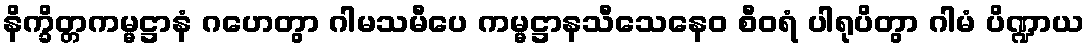
နိက္ခိတ္တကမ္မဋ္ဌာနံ ဂဟေတွာ ဂါမသမီပေ ကမ္မဋ္ဌာနသီသေနေဝ စီဝရံ ပါရုပိတွာ ဂါမံ ပိဏ္ဍာယ